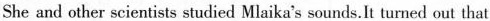
She and other scientists studied Mlaika's sounds.It tarned out that